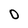
Character: O